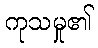
ကုသမှု၏